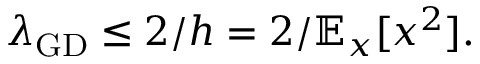
\lambda _ { \mathrm { G D } } \leq 2 / h = 2 / \mathbb { E } _ { x } [ x ^ { 2 } ] .